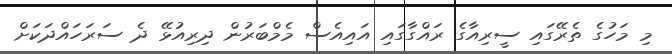
މި މަހުގެ ތެރޭގައި ސީރިއާގެ ރައްގާގައި އައިއެސް މެމްބަރުން ދިރިއުޅޭ ދެ ސަރަހައްދަކަށް